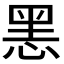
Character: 𢜧